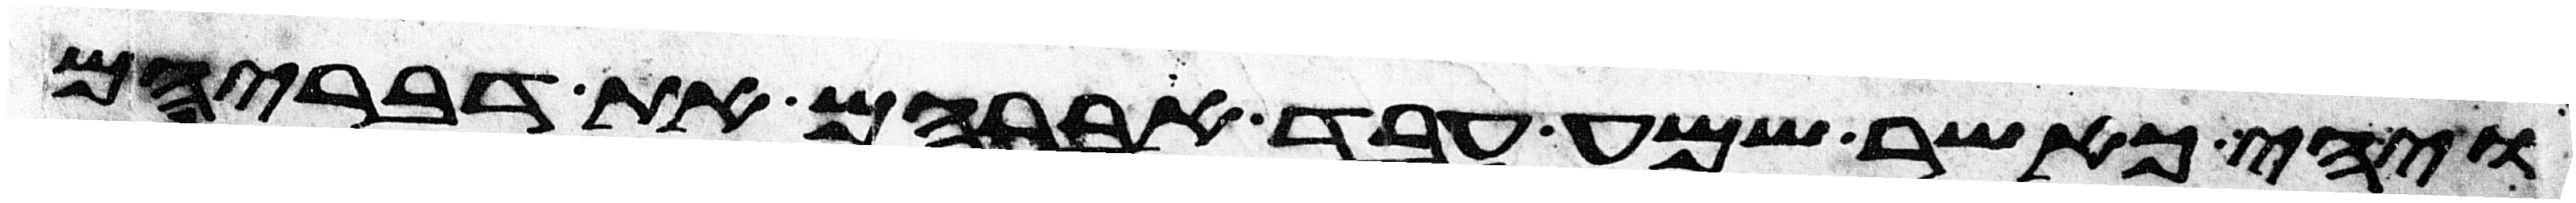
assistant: ויהי כאשר שמע עבד אברהם את דבריהם